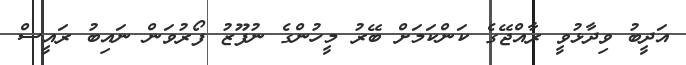
އަދީބު ވިދާޅުވީ ރާއްޖޭގެ ކަންކަމަށް ބޭރު މީހުންގެ ނުފޫޒު ފޯރުވަން ނައިބު ރައީސް